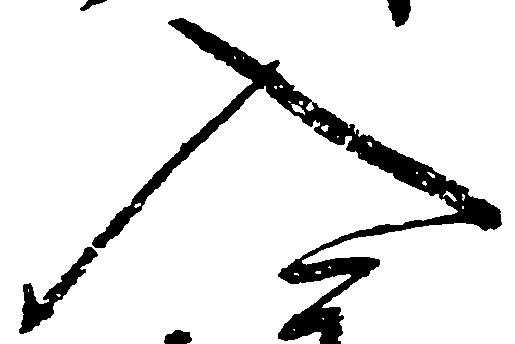
入